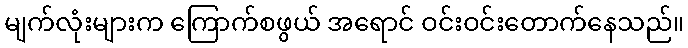
မျက်လုံးများက ကြောက်စဖွယ် အရောင် ဝင်းဝင်းတောက်နေသည်။